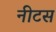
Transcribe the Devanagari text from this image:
नीटस